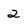
Character: 2